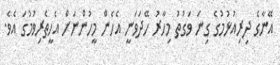
އޭނާގެ ދިރިއުޅުމުގެ ގިނަ ވަގުތު މިހާރު ހޭދަވަނީ އެހެން މީހުންނަށް އެހީތެރިވުމުގަ އެވެ.